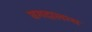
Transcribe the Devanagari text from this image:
बगदालभ्य